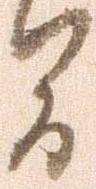
間